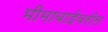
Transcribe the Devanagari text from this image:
भीमाबाईवरील